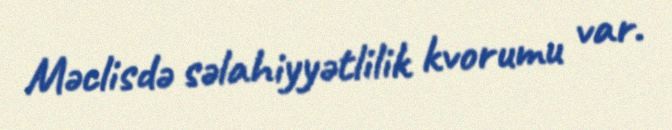
Məclisdə səlahiyyətlilik kvorumu var.